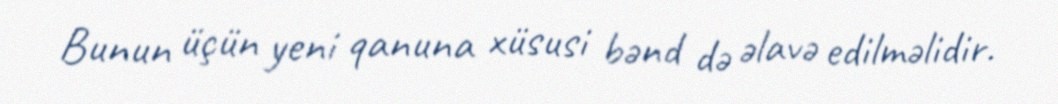
Bunun üçün yeni qanuna xüsusi bənd də əlavə edilməlidir.